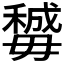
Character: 𣫽